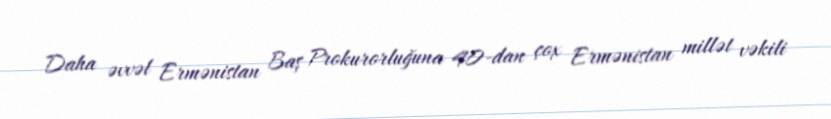
Daha əvvəl Ermənistan Baş Prokurorluğuna 40-dan çox Ermənistan millət vəkili